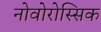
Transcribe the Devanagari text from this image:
नोवोरोस्सिक